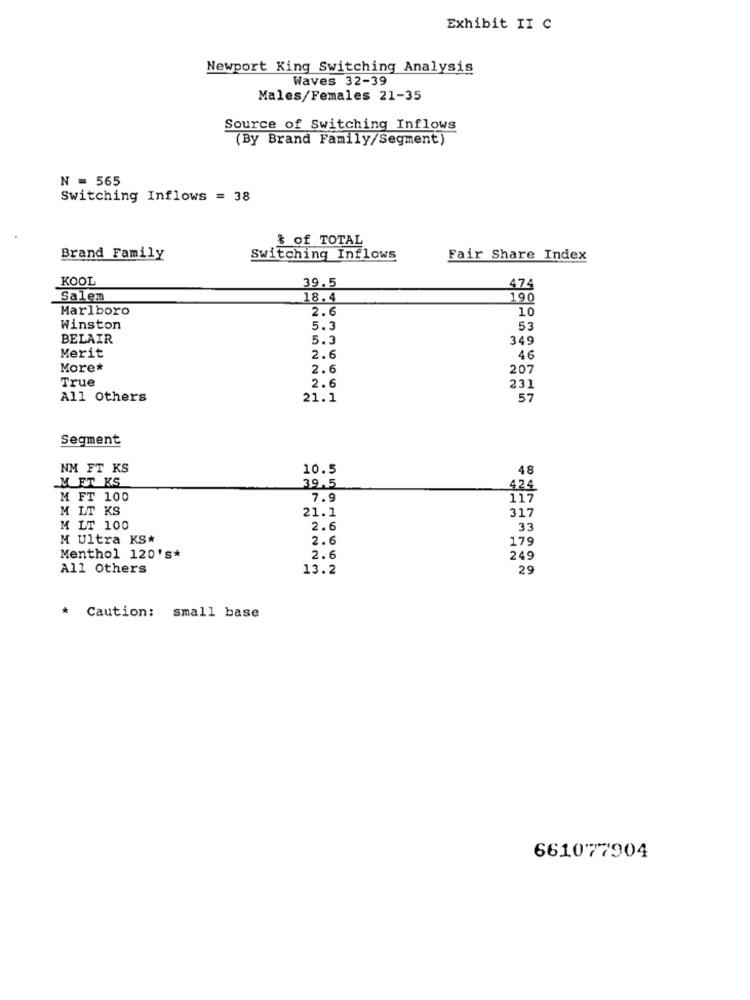
Exhibit II C
Newport King Switching Analysis
Waves 32-39
Males/Females 21-35
Source of Switching Inflows
(By Brand Family/Segment)
N = 565
Switching Inflows = 38
& of TOTAL
Brand Family
Switching Inflows
Fair Share Index
KOOL
39.5
474
Salem
18.4
190
Marlboro
2.6
10
Winston
5.3
53
BELAIR
5.3
349
Merit
2.6
46
More*
2.6
207
True
2.6
231
All Others
21.1
57
Segment
NM FT KS
10.5
48
M ET KS
39.5
424
M FT 100
7.9
117
M LT KS
21.1
317
M LT 100
2.6
33
M Ultra KS*
2.6
179
Menthol 120's*
2.6
249
All Others
13.2
29
* Caution: small base
661077904